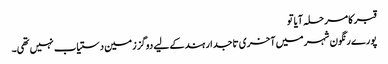
قبر کا مرحلہ آیا تو
پورے رنگون شہر میں آخری تاجدار ہند کے لیے دوگز زمین دستیاب نہیں تھی۔